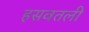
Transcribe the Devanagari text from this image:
हसवतली